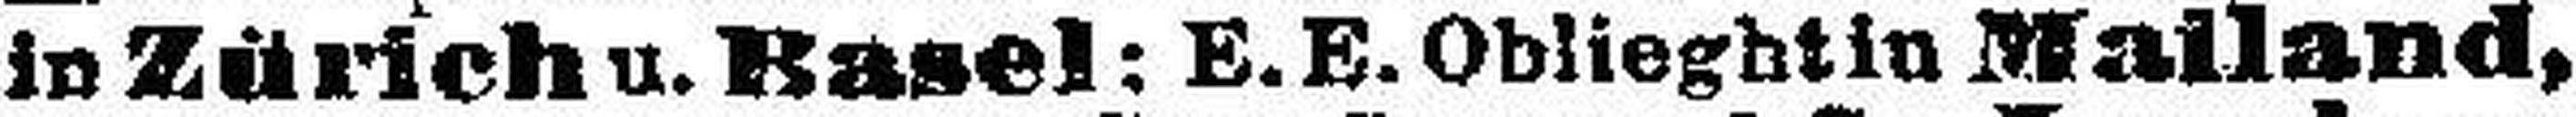
in Zürich u.Basel; E.E. Oblieghtin Mailand,